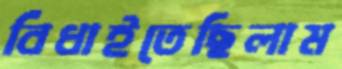
বিঁধাইতেছিলাম